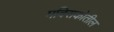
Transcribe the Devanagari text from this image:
मक्सिकोतील